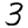
Digit: 3